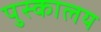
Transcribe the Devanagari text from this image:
पुस्‍कालय